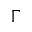
\Gamma